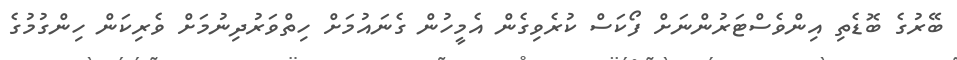
ބޭރުގެ ބޮޑެތި އިންވެސްޓަރުންނަށް ފޯކަސް ކުރެވިގެން އެމީހުން ގެނައުމަށް ހިތްވަރުދިނުމަށް ވެރިކަން ހިންގުމުގެ